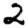
Digit: 2